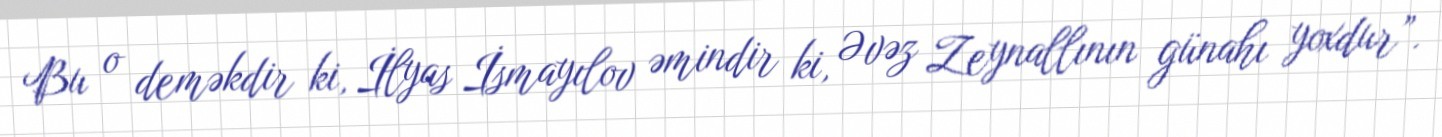
Bu o deməkdir ki, İlyas İsmayılov əmindir ki, Əvəz Zeynallının günahı yoxdur”.